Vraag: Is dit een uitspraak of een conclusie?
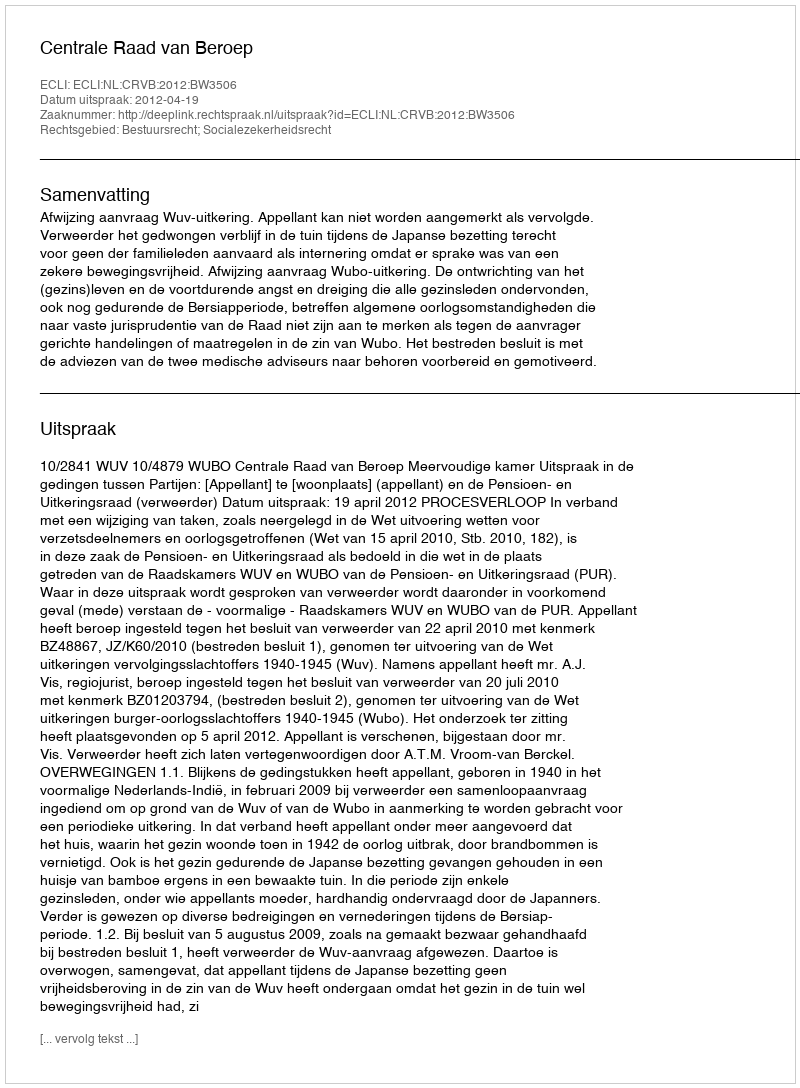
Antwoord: Uitspraak